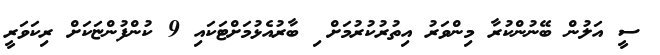
ސީ އަލުން ބޭނުންކުރާ މިންވަރު އިތުރުކުރުމަށް ި ބާރުއެޅުމަށްޓަކައި 9 ކުންފުންޏަކަށް ރިކަވަރީ